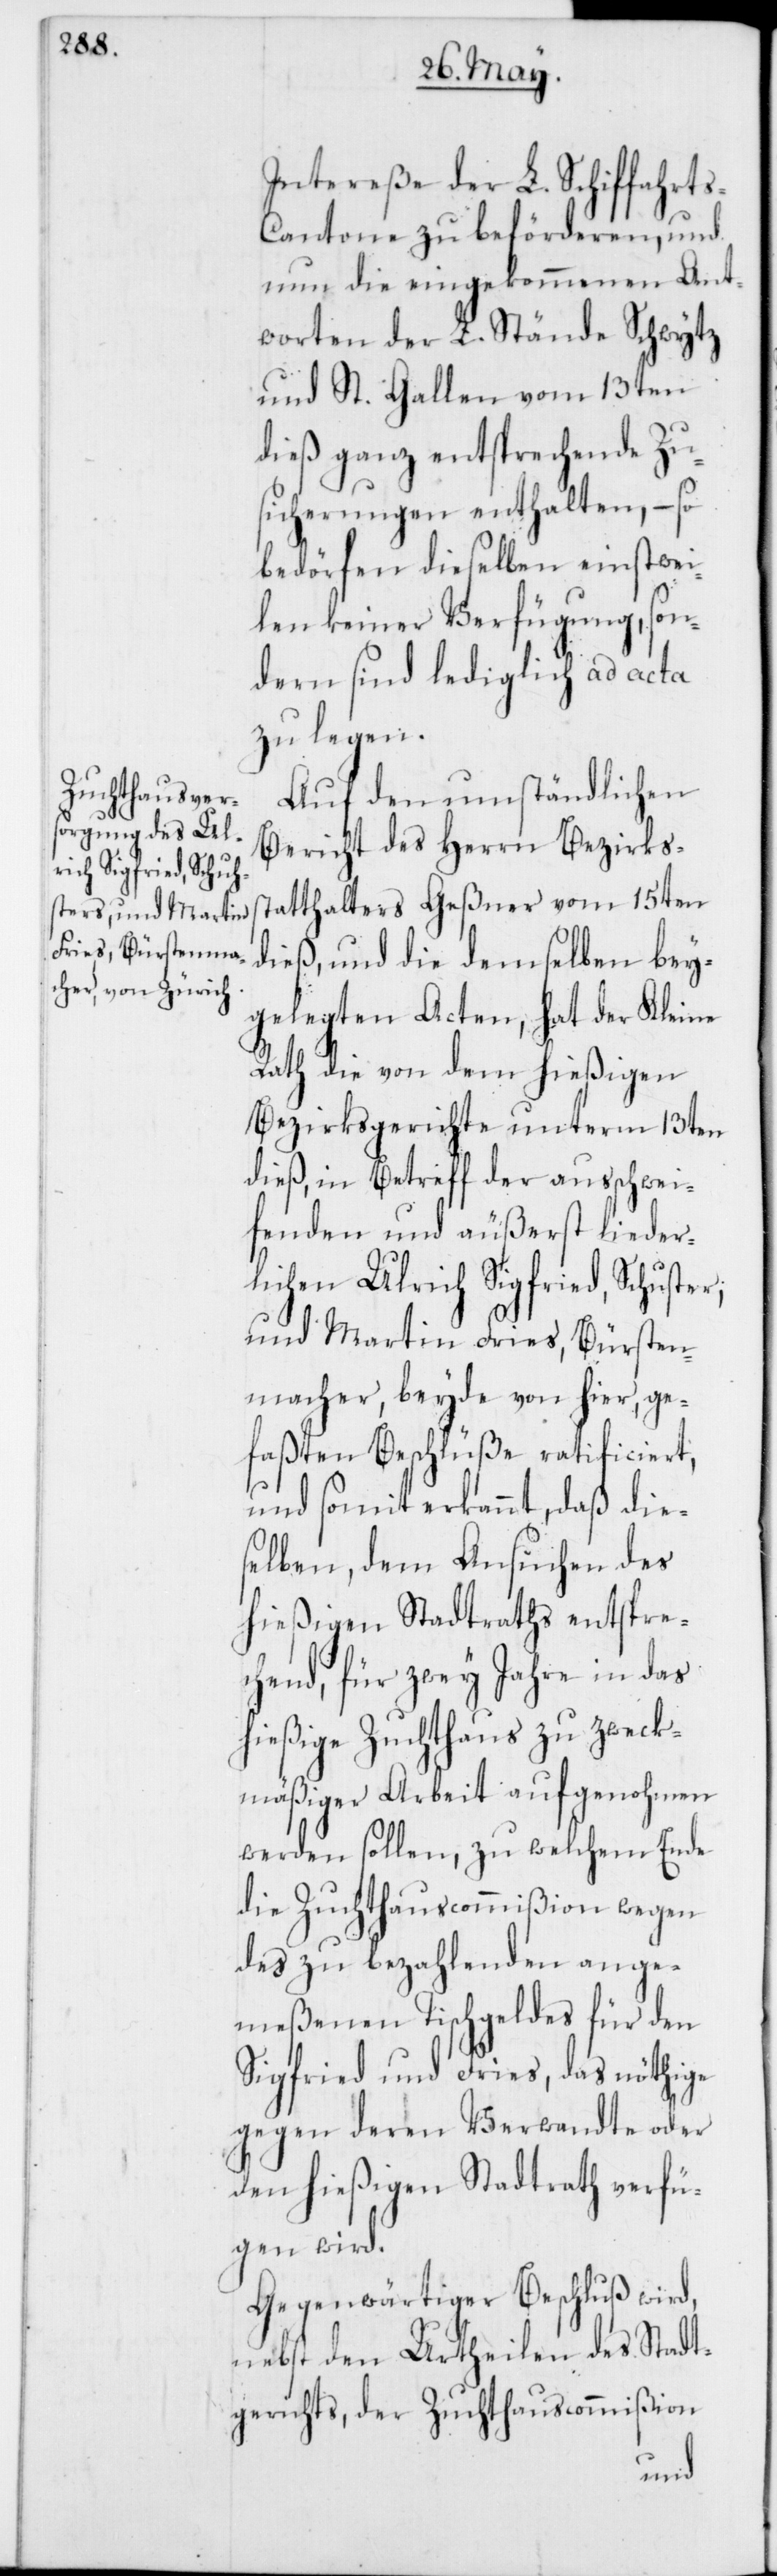
Intereße des L. Schiffahrt¬
s-Cantone zu beförderen, und
nun die eingekommenen Ant¬
worten der L. Stände Schwytz
und St. Gallen vom 13ten
dieß ganz entsprechende Zu¬
sicherungen enthalten, – so
bedörfen dieselben einstwei¬
len keiner Verfügung, son¬
dern sind lediglich ad acta
zu legen.
Auf den umständlichen
Bericht des Herrn Bezirks¬
statthalters Geßner vom 15ten
dieß, und die demselben bey¬
gelegten Acten, hat der Kleine
Rath die von dem hießigen
Bezirksgerichte unterm 13ten
dieß, in Betreff der ausschwei¬
fenden und äußerst lieder¬
lichen Ulrich Sigfried, Schuster;
und Martin Fries, Bürsten¬
macher, beyde von hier, ge¬
faßten Beschlüße ratificiert,
und somit erkannt, daß die¬
selben, dem Ansuchen des
hießigen Stadtraths entspre¬
chend, für zwey Jahre in das
hießige Zuchthaus zu zweck¬
mäßiger Arbeit aufgenohmen
werden sollen, zu welchem Ende
die Zuchthauscommißion wegen
des zu bezahlenden ange¬
meßenen Tischgeldes für den
Sigfried und Fries, das nöthige
gegen deren Verwandte oder
den hießigen Stadtrath verfü¬
gen wird.
Gegenwärtiger Beschluß wird,
nebst den Urtheilen des Stadt¬
gerichts, der Zuchthauscommißion